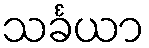
သင်္ခယာ